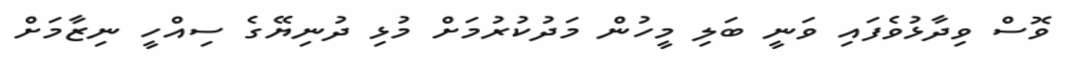
ވޮސް ވިދާޅުވެފައި ވަނީ ބަލި މީހުން މަދުކުރުމަށް މުޅި ދުނިޔޭގެ ސިއްހީ ނިޒާމަށް